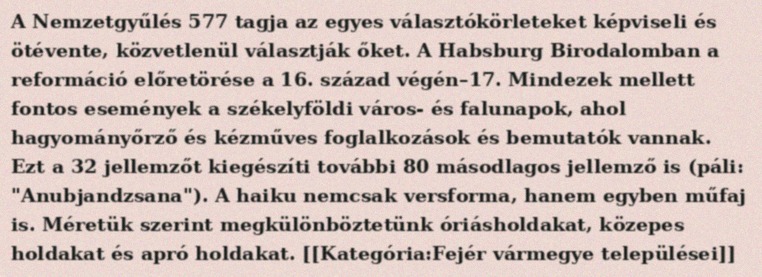
A Nemzetgyűlés 577 tagja az egyes választókörleteket képviseli és ötévente, közvetlenül választják őket. A Habsburg Birodalomban a reformáció előretörése a 16. század végén–17. Mindezek mellett fontos események a székelyföldi város- és falunapok, ahol hagyományőrző és kézműves foglalkozások és bemutatók vannak. Ezt a 32 jellemzőt kiegészíti további 80 másodlagos jellemző is (páli: "Anubjandzsana"). A haiku nemcsak versforma, hanem egyben műfaj is. Méretük szerint megkülönböztetünk óriásholdakat, közepes holdakat és apró holdakat. [[Kategória:Fejér vármegye települései]]